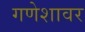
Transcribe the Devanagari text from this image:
गणेशावर